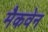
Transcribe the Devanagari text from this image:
मैकवेन